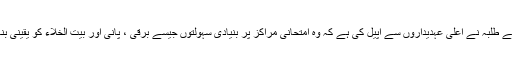
اولیائے طلبہ نے اعلیٰ عہدیداروں سے اپیل کی ہے کہ وہ امتحانی مراکز پر بنیادی سہولتوں جیسے برقی ، پانی اور بیت الخلاء کو یقینی بنائیں ۔